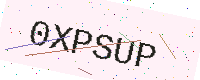
Text: 0XPSUP